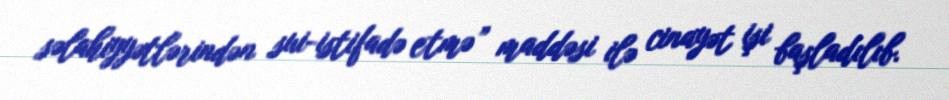
səlahiyyətlərindən sui-istifadə etmə” maddəsi ilə cinayət işi başladılıb.